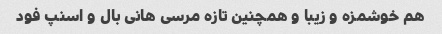
هم خوشمزه و زیبا و همچنین تازه مرسی هانی بال و اسنپ فود